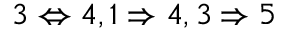
3 \Leftrightarrow 4 , 1 \Rightarrow 4 , 3 \Rightarrow 5